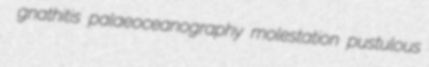
gnathitis palaeoceanography molestation pustulous